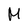
Character: M